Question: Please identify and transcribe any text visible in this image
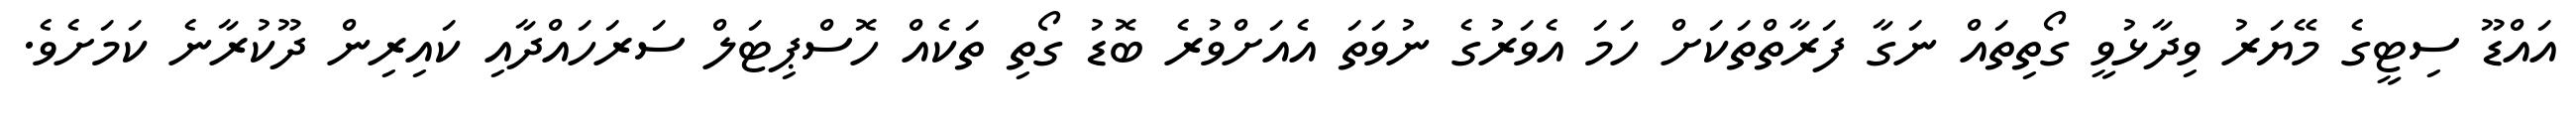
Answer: އައްޑޫ ސިޓީގެ މޭޔަރު ވިދާޅުވީ ގޯތިތައް ނަގާ ފަރާތްތަކަށް ހަމަ އެވަރުގެ ނުވަތަ އެއަށްވުރެ ބޮޑު ގޯތި ތަކެއް ހޮސްޕިޓަލް ސަރަހައްދާއި ކައިރިން ދޫކުރާނެ ކަމަށެވެ.